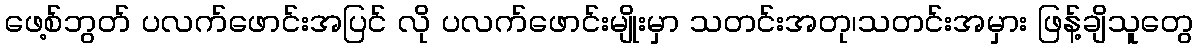
ဖေ့စ်ဘွတ် ပလက်ဖောင်းအပြင် လို ပလက်ဖောင်းမျိုးမှာ သတင်းအတု၊သတင်းအမှား ဖြန့်ချိသူတွေ